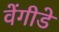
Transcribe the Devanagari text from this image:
वेंगीडे